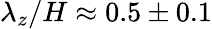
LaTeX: \lambda_{z}/H\approx 0.5\pm 0.1